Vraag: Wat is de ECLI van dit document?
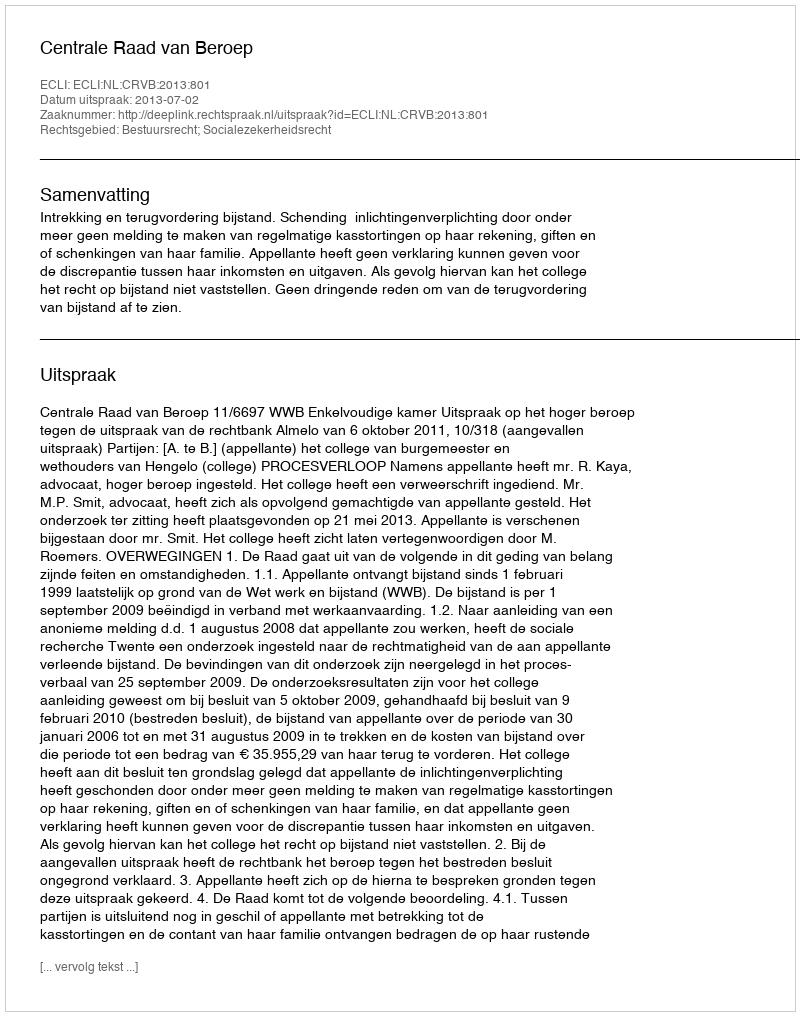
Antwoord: ECLI:NL:CRVB:2013:801